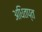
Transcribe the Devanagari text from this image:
अधितप्त